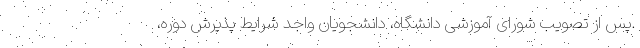
.پس از تصویب شورای آموزشی دانشگاه، دانشجویان واجد شرایط پذیرش دوره،